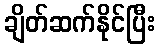
ချိတ်ဆက်နိုင်ပြီး